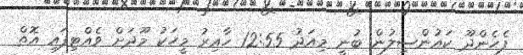
ފެހެންދޫ ކައުންސިލުން ބުނީ މިއަދު 12:55 ހާއިރު މީހަކު މޫދަށް ވެއްޓިފައި އޮތް